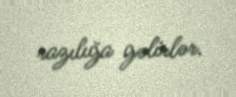
razılığa gəlirlər.